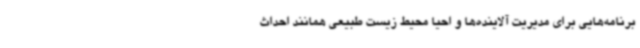
برنامه‌هایی برای مدیریت آلاینده‌ها و احیا محیط زیست طبیعی همانند احداث